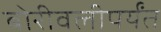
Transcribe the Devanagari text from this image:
बोरीवलीपर्यंत